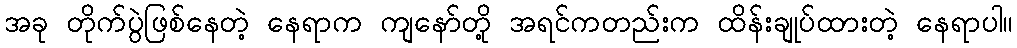
အခု တိုက်ပွဲဖြစ်နေတဲ့ နေရာက ကျနော်တို့ အရင်ကတည်းက ထိန်းချုပ်ထားတဲ့ နေရာပါ။